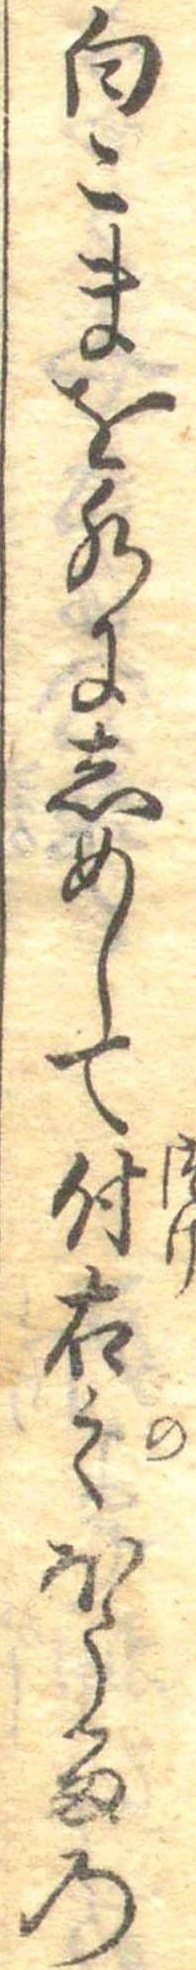
白こまを水にしめして付右之ほうるの